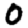
Digit: 0